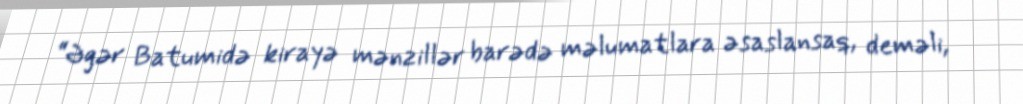
“Əgər Batumidə kirayə mənzillər barədə məlumatlara əsaslansaq, deməli,